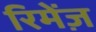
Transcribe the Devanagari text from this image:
रिमेंज़